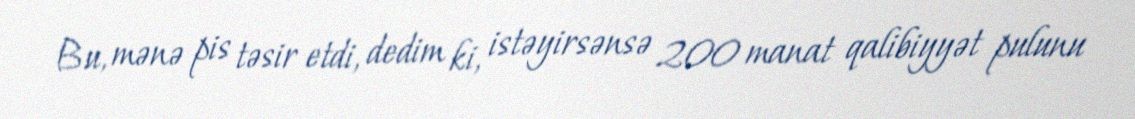
Bu, mənə pis təsir etdi, dedim ki, istəyirsənsə 200 manat qalibiyyət pulunu